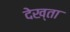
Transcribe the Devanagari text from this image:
देख्ता